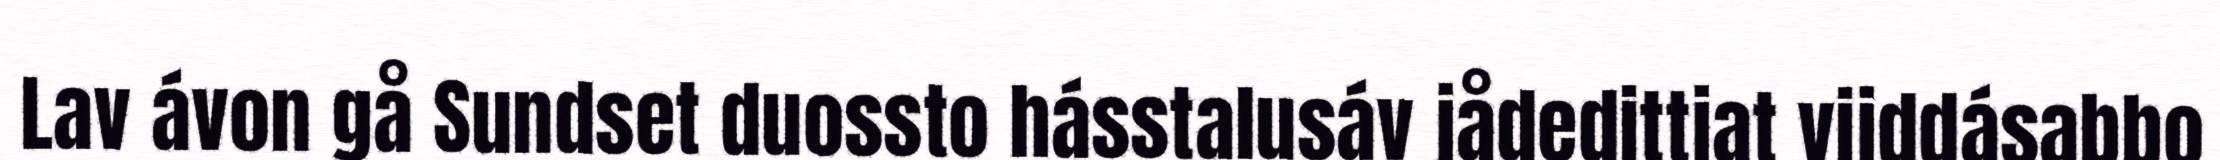
Lav ávon gå Sundset duossto hásstalusáv jådedittjat vijddásabbo